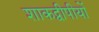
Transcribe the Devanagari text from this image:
शाकद्वीपीयों